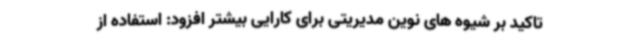
تاکید بر شیوه های نوین مدیریتی برای کارایی بیشتر افزود: استفاده از